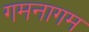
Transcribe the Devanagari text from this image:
गमनागम